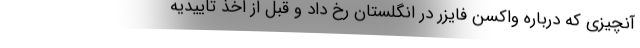
آنچیزی که درباره واکسن فایزر در انگلستان رخ داد و قبل از اخذ تاییدیه